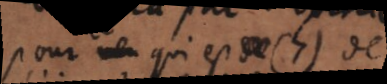
pour ce qui est (7) de